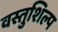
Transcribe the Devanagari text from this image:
वस्तुशिल्प